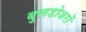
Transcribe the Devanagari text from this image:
बुलडोजरों